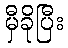
မှီခိုပြီး